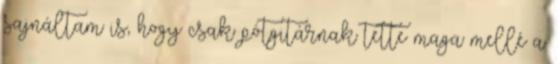
sajnáltam is, hogy csak pótgitárnak tette maga mellé a